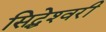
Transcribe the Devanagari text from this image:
सिद्धेश्‍वरी